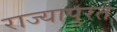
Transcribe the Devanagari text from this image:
राज्यापुरते